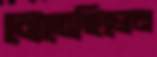
মেতেছিলেন